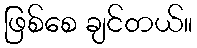
ဖြစ်စေ ချင်တယ်။